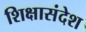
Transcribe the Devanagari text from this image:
शिक्षासंदेश